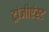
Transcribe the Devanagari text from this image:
ट्रांजीएंस्ट